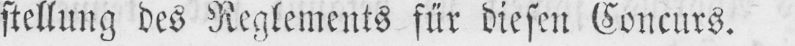
stellung des Reglements für diesen Concurs.